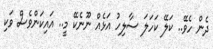
ދެން ހެވޭ.. ކަލޭ ކަހަލަ ސާލިހު އަޅެއް ނޫނެކޭ މީ.. އައިކަންވެސް ވަކި